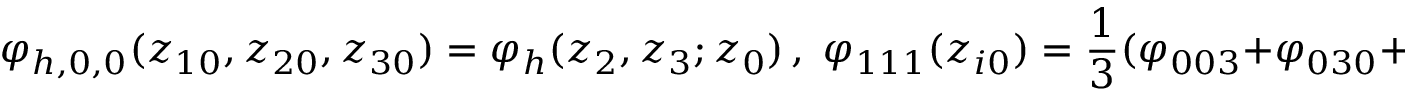
\varphi _ { h , 0 , 0 } ( z _ { 1 0 } , z _ { 2 0 } , z _ { 3 0 } ) = \varphi _ { h } ( z _ { 2 } , z _ { 3 } ; z _ { 0 } ) \, , \; \varphi _ { 1 1 1 } ( z _ { i 0 } ) = \frac { 1 } { 3 } ( \varphi _ { 0 0 3 } + \varphi _ { 0 3 0 } + \varphi _ { 3 0 0 } ) ( z _ { i 0 } ) \, .